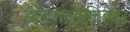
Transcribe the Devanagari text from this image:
हास्यानुकृतिकार